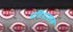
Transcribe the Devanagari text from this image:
प्रतियाश्पक